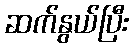
ဆက်နွယ်ပြီး